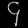
Digit: ၄